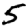
Digit: 5